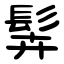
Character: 䯵